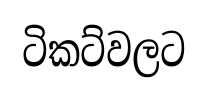
ටිකට්වලට